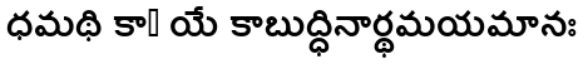
ధమథి కాఀ యే కాబుద్ధినార్థమయమానః